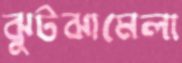
ঝুটঝামেলা